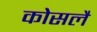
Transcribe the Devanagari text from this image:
कोसलै